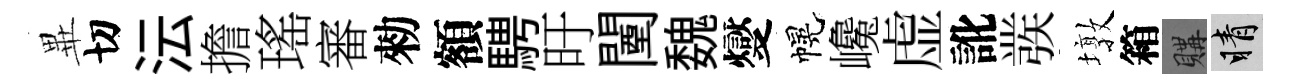
𭺾切沄擔瑤審勑額騁旴闉魏燮幌巉虚訛彂墩箱購睛